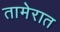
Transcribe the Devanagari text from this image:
तामेरात